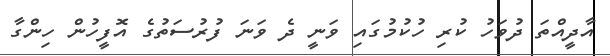
އާދީއްތަ ދުވަހު ކުރި ހުކުމުގައި ވަނީ ދެ ވަނަ ފުރުސަތުގެ އޮފީހުން ހިންގާ